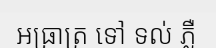
អធ្រាត្រ ទៅ ទល់ ភ្លឺ